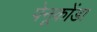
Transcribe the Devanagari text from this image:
पेनूकोंडा